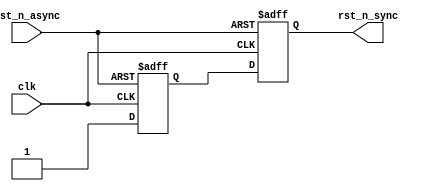
//-----------------------------------------------------------------------------
//   Copyright 2022 GanLing, 1577959692@qq.com
//
//   Licensed under the Apache License, Version 2.0 (the "License");
//   you may not use this file except in compliance with the License.
//   You may obtain a copy of the License at
//
//       http://www.apache.org/licenses/LICENSE-2.0
//
//   Unless required by applicable law or agreed to in writing, software
//   distributed under the License is distributed on an "AS IS" BASIS,
//   WITHOUT WARRANTIES OR CONDITIONS OF ANY KIND, either express or implied.
//   See the License for the specific language governing permissions and
//   limitations under the License.
//-----------------------------------------------------------------------------

module rst_n_sync(
  input   clk,
  input   rst_n_async,
  output  rst_n_sync
);

reg   r1;
reg   r2;

always @ (posedge clk or negedge rst_n_async) begin
  if(!rst_n_async) begin
    r1  <=  1'b0;
    r2  <=  1'b0;
  end
  else begin
    r1  <=  1'b1;
    r2  <=  r1;
  end
end

assign  rst_n_sync  = r2;

endmodule